Report of the Indian Hemp Drugs Commission, 1894-1895 - Volume V
Year: 1894
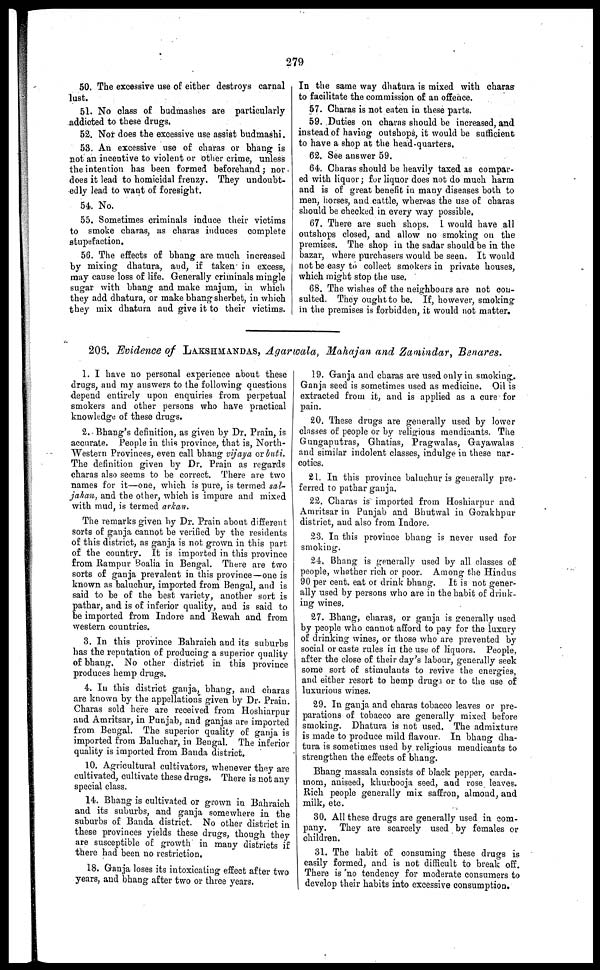
279
50. The excessive use of either destroys carnal
lust.
51. No class of budmashes are particularly
addicted to these drugs.
52. Nor does the excessive use assist budmashi.
53. An excessive use of charas or bhang is
not an incentive to violent or other crime, unless
the intention has been formed beforehand ; nor
does it lead to homicidal frenzy. They undoubt-
edly lead to want of foresight.
54. No.
55. Sometimes criminals induce their victims
to smoke charas, as charas induces complete
stupefaction.
56. The effects of bhang are much increased
by mixing dhatura, and, if taken in excess,
may cause loss of life. Generally criminals mingle
sugar with bhang and make majum, in which
they add dhatura, or make bhang sherbet, in which
they mix dhatura and give it to their victims.
In the same way dhatura is mixed with charas
to facilitate the commission of an offence.
57. Charas is not eaten in these parts.
59. Duties on charas should be increased, and
instead of having outshops, it would be sufficient
to have a shop at the head-quarters.
62. See answer 59.
64. Charas should be heavily taxed as compar-
ed with liquor ; for liquor does not do much harm
and is of great benefit in many diseases both to
men, horses, and cattle, whereas the use of charas
should be checked in every way possible.
67. There are such shops. 1 would have all
outshops closed, and allow no smoking on the
premises. The shop in the sadar should be in the
bazar, where purchasers would be seen. It would
not be easy to collect smokers in private houses,
which might stop the use.
68. The wishes of the neighbours are not con-
sulted. They ought to be. If, however, smoking
in the premises is forbidden, it would not matter.
205. Evidence of LAKSHMANDAS, Agarwala, Mahajan and Zamindar, Benares.
1. I have no personal experience about these
drugs, and my answers to the following questions
depend entirely upon enquiries from perpetual
smokers and other persons who have practical
knowledge of these drugs.
2. Bhang's definition, as given by Dr. Prain, is
accurate. People in this province, that is, North-
-estern Provinces, even call bhang vijaya or buti.
The definition given by Dr. Prain as regards
charas also seems to be correct. There are two
names for it—one, which is pure, is termed sal-
jahan, and the other, which is impure and mixed
with mud, is termed arkan.
The remarks given by Dr. Prain about different
sorts of ganja cannot be verified by the residents
of this district, as ganja is not grown in this part
of the country. It is imported in this province
from Rampur Boalia in Bengal. There are two
sorts of ganja prevalent in this province—one is
known as baluchur, imported from Bengal, and is
said to be of the best variety, another sort is
pathar, and is of inferior quality, and is said to
be imported from Indore and Rewah and from
western countries.
3. In this province Bahraich and its suburbs
has the reputation of producing a superior quality
of bhang. No other district in this province
produces hemp drugs.
4. In this district ganja, bhang, and charas
are known by the appellations given by Dr. Prain.
Charas sold here are received from Hoshiarpur
and Amritsar, in Punjab, and ganjas are imported
from Bengal. The superior quality of ganja is
imported from Baluchar, in Bengal. The inferior
quality is imported from Banda district.
10. Agricultural cultivators, whenever they are
cultivated, cultivate these drugs. There is not any
special class.
14. Bhang is cultivated or grown in Bahraich
and its suburbs, and ganja somewhere in the
suburbs of Banda district. No other district in
these provinces yields these drugs, though they
are susceptible of growth in many districts if
there had been no restriction,
18. Ganja loses its intoxicating effect after two
years, and bhang after two or three years.
19. Ganja and charas are used only in smoking.
Ganja seed is sometimes used as medicine. Oil is
extracted from it, and is applied as a cure for
pain.
20. These drugs are generally used by lower
classes of people or by religious mendicants. The
Gungaputras, Ghatias, Pragwalas, Gayawalas
and similar indolent classes, indulge in these nar-
cotics.
21. In this province baluchur is generally pre-
ferred to pathar ganja.
22. Charas is imported from Hoshiarpur and
Amritsar in Punjab and Bhutwal in Gorakhpur
district, and also from Indore.
23. In this province bhang is never used for
smoking.
24. Bhang is generally used by all classes of
people, whether rich or poor. Among the Hindus
90 per cent. eat or drink bhang. It is not gener-
ally used by persons who are in the habit of drink-
ing wines.
27. Bhang, charas, or ganja is generally used
by people who cannot afford to pay for the luxury
of drinking wines, or those who are prevented by
social or caste rules in the use of liquors. People,
after the close of their day's labour, generally seek
some sort of stimulants to revive the energies,
and either resort to hemp drugs or to the use of
luxurious wines.
29. In ganja and charas tobacco leaves or pre-
parations of tobacco are generally mixed before
smoking. Dhatura is not used. The admixture
is made to produce mild flavour. In bhang dha-
tura is sometimes used by religious mendicants to
strengthen the effects of bhang.
Bhang massala consists of black pepper, carda-
mom, aniseed, khurbooja seed, and rose leaves.
Rich people generally mix saffron, almond, and
milk, etc.
30. All these drugs are generally used in com-
pany. They are scarcely used by females or
children.
31. The habit of consuming these drugs is
easily formed, and is not difficult to break off.
There is no tendency for moderate consumers to
develop their habits into excessive consumption.